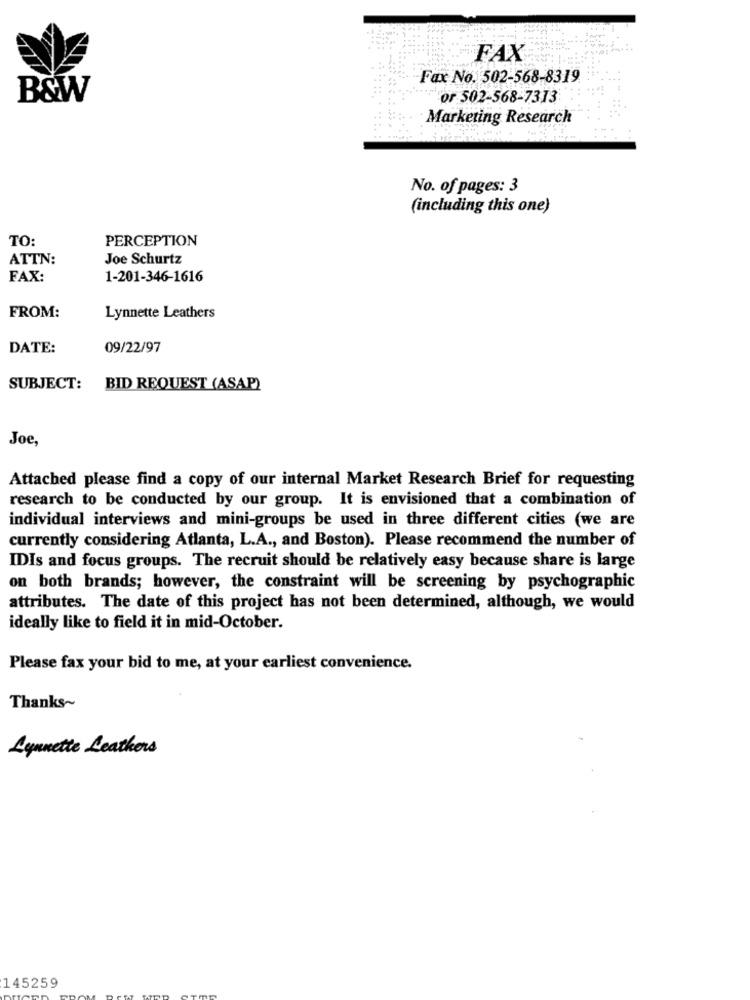
FAX
Fax No. 502-568-8319
B&W
or 502-568-7313
Marketing Research
No. of pages: 3
(including this one)
TO:
PERCEPTION
ATTN:
Joe Schurtz
FAX:
1-201-346-1616
FROM:
Lynnette Leathers
DATE:
09/22/97
SUBJECT:
BID REQUEST (ASAP)
Joe,
Attached please find a copy of our internal Market Research Brief for requesting
research to be conducted by our group. It is envisioned that a combination of
individual interviews and mini-groups be used in three different cities (we are
currently considering Atlanta, L.A ., and Boston). Please recommend the number of
IDIs and focus groups. The recruit should be relatively easy because share is large
on both brands; however, the constraint will be screening by psychographic
attributes. The date of this project has not been determined, although, we would
ideally like to field it in mid-October.
Please fax your bid to me, at your earliest convenience.
Thanks~
Lynnette Leathers
145259